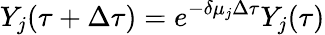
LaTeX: Y_{j}(\tau+\Delta\tau)=e^{-\delta\mu_{j}\Delta\tau}Y_{j}(\tau)